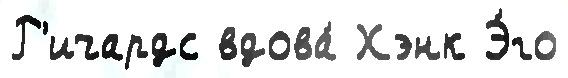
Р'ичардс вдова́ Хэнк Э́го